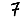
Digit: 7